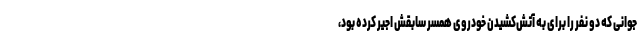
جوانی که دو نفر را برای به آتش‌کشیدن خودروی همسر سابقش اجیر کرده بود،